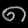
Digit: ၈